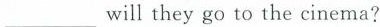
___ will they go to the cinema?